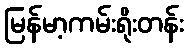
မြန်မာ့ကမ်းရိုးတန်း